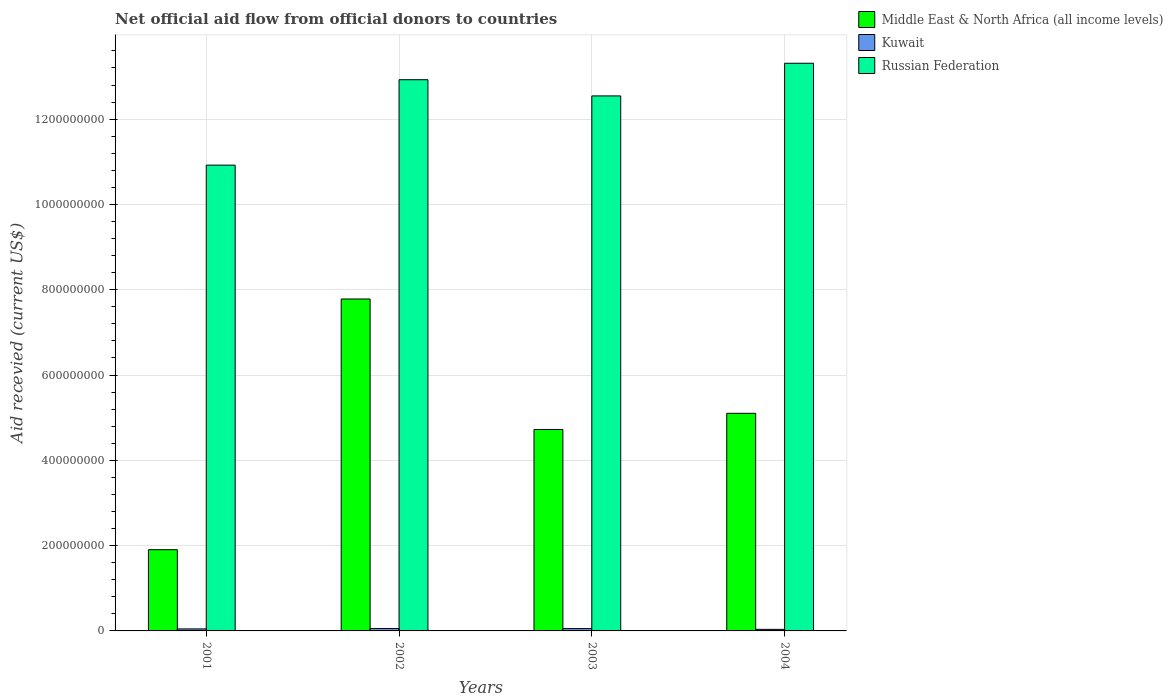
| Years | Middle East & North Africa (all income levels) | Kuwait | Russian Federation |
 | --- | --- | --- | --- |
 | 2001 | 1.9e+08 | 4.69e+06 | 1.09e+09 |
 | 2002 | 7.78e+08 | 5.71e+06 | 1.29e+09 |
 | 2003 | 4.72e+08 | 5.52e+06 | 1.25e+09 |
 | 2004 | 5.1e+08 | 3.69e+06 | 1.33e+09 |